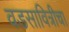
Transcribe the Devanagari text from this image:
वडसावित्रीचा